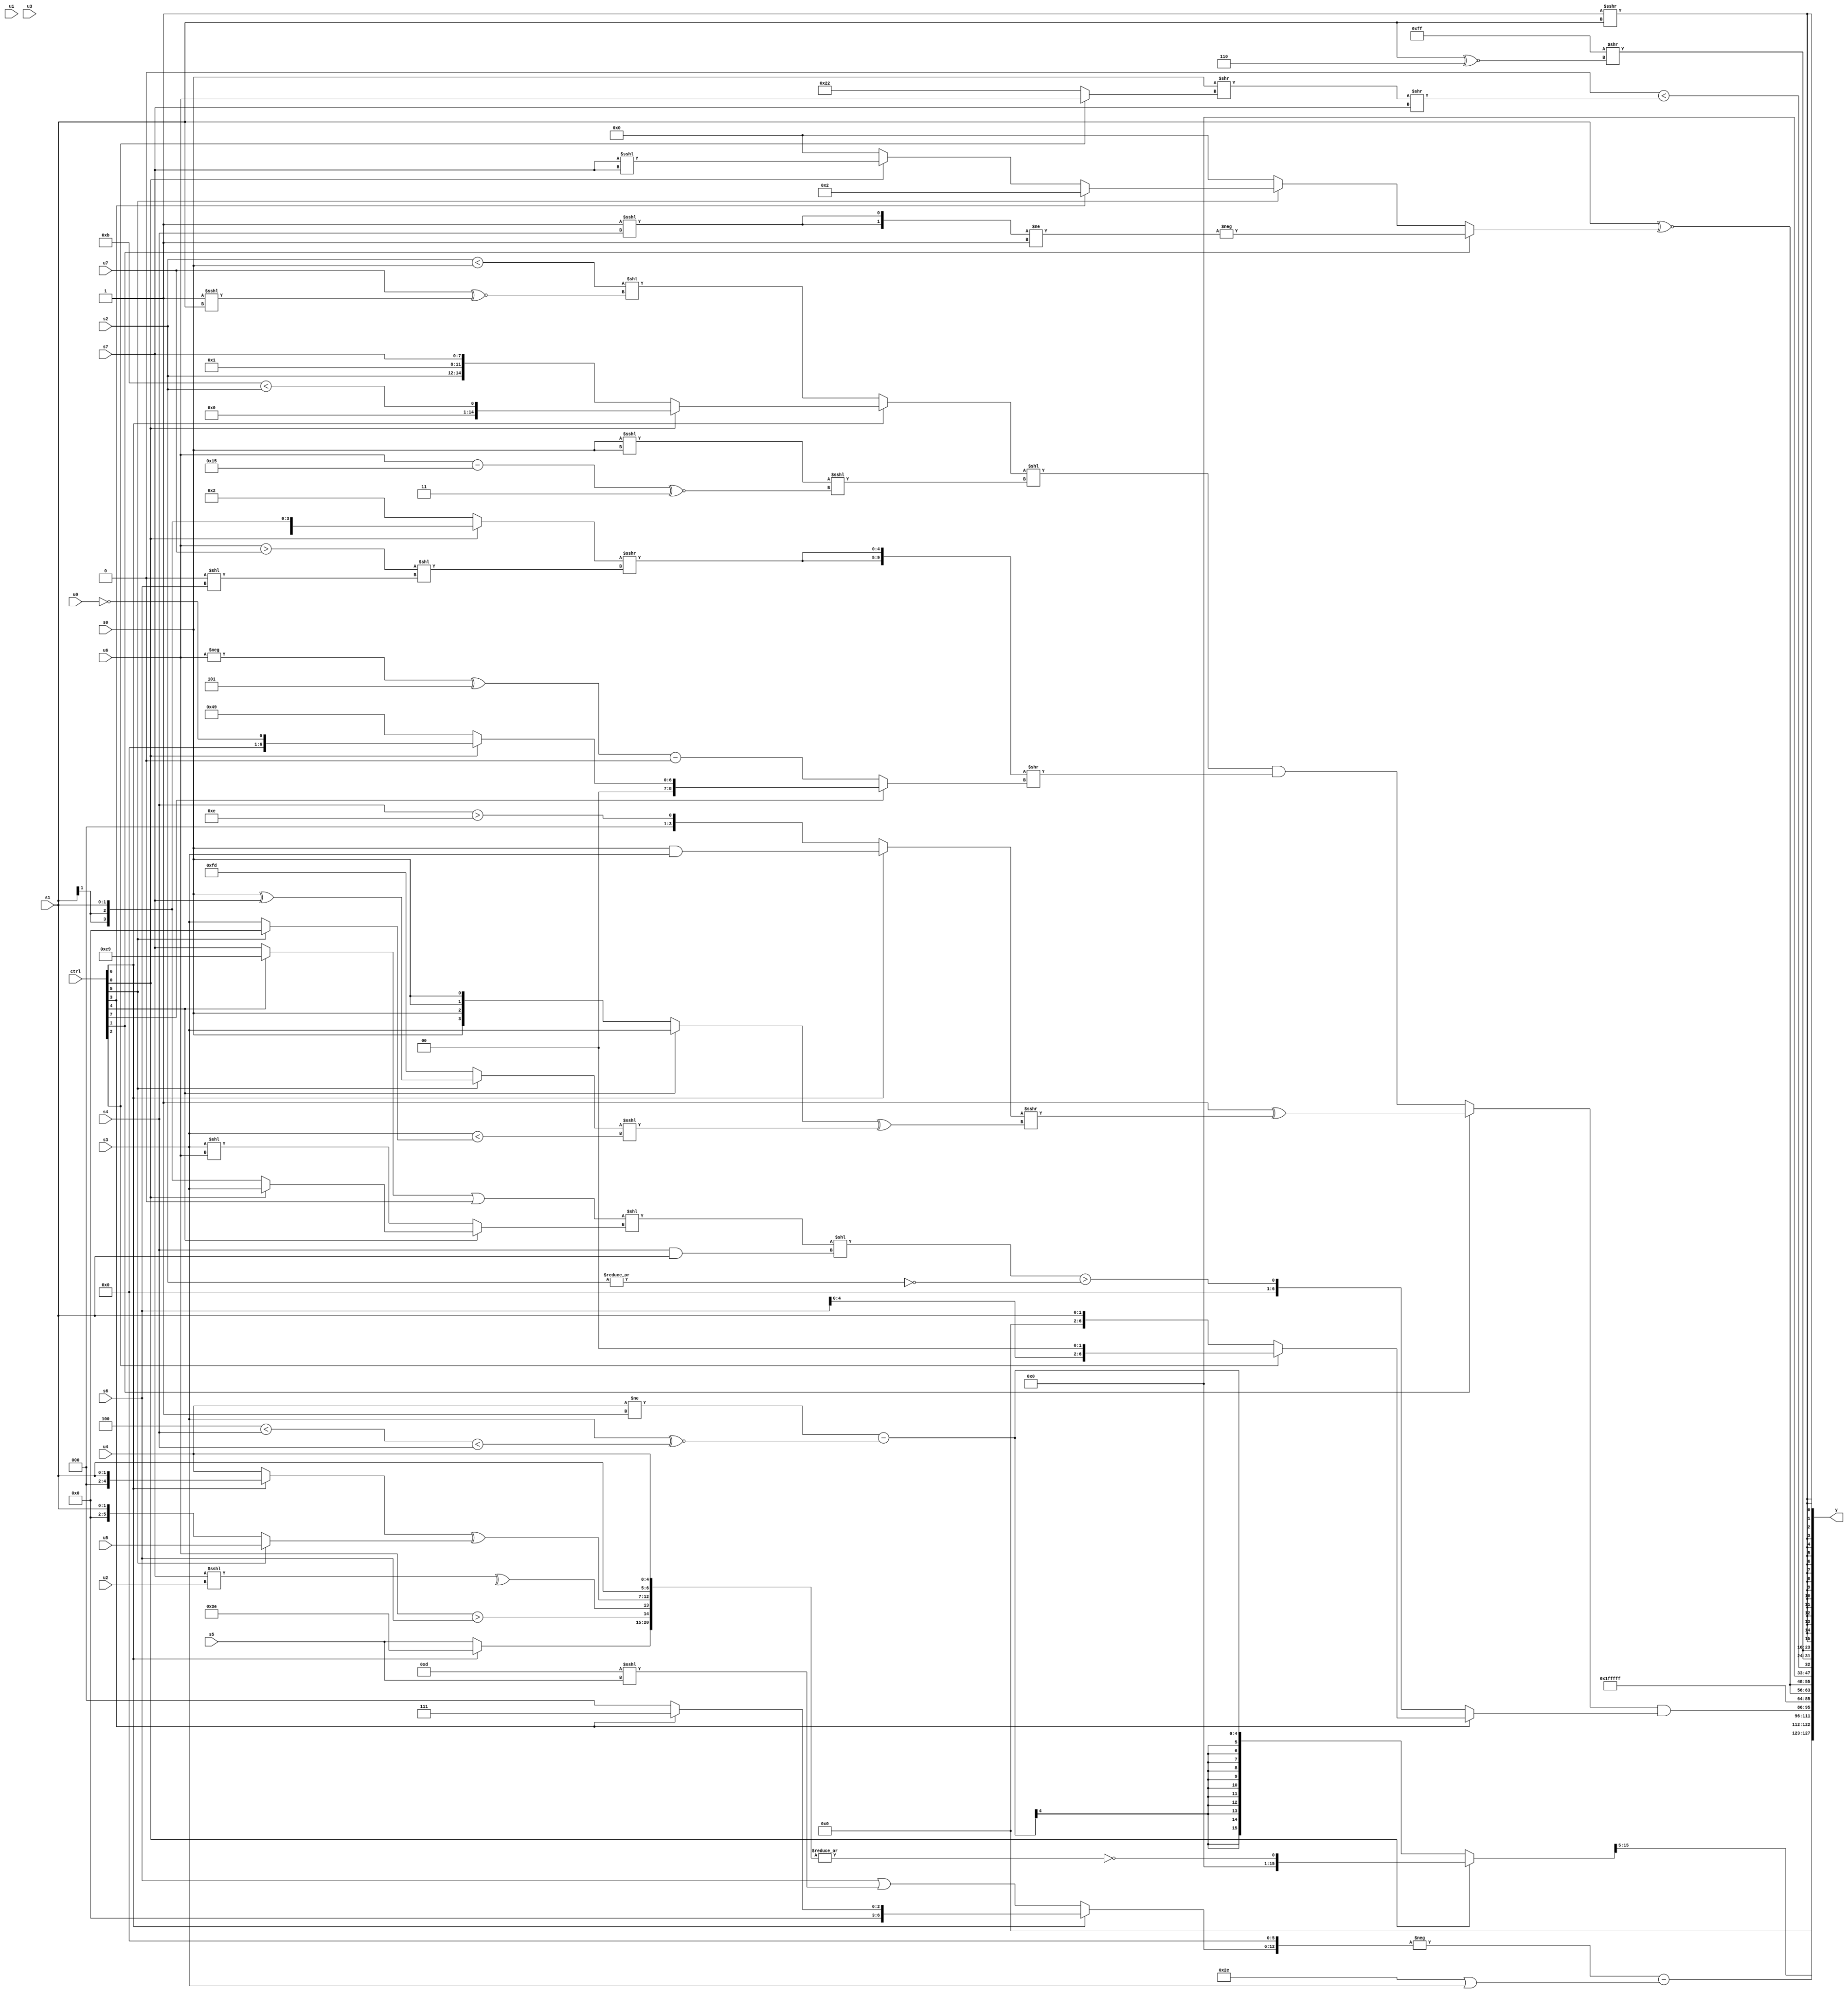
module wideexpr_00838(ctrl, u0, u1, u2, u3, u4, u5, u6, u7, s0, s1, s2, s3, s4, s5, s6, s7, y);
  input [7:0] ctrl;
  input [0:0] u0;
  input [1:0] u1;
  input [2:0] u2;
  input [3:0] u3;
  input [4:0] u4;
  input [5:0] u5;
  input [6:0] u6;
  input [7:0] u7;
  input signed [0:0] s0;
  input signed [1:0] s1;
  input signed [2:0] s2;
  input signed [3:0] s3;
  input signed [4:0] s4;
  input signed [5:0] s5;
  input signed [6:0] s6;
  input signed [7:0] s7;
  output [127:0] y;
  wire [15:0] y0;
  wire [15:0] y1;
  wire [15:0] y2;
  wire [15:0] y3;
  wire [15:0] y4;
  wire [15:0] y5;
  wire [15:0] y6;
  wire [15:0] y7;
  assign y = {y0,y1,y2,y3,y4,y5,y6,y7};
  assign y0 = ((ctrl[0]?~|({$signed((ctrl[6]?(ctrl[6]?3'sb110:3'sb000):s5)),($signed((ctrl[1]?u6:u6)))>(s6),$signed(^((s7)<<<(u2))),{$signed(u4),((ctrl[6]?s1:u4))^((ctrl[5]?u5:s1)),s1}}):((u4)!=({~&(1'b0)}))-({1{($signed(s3))^~(((4'sb1100)<(s4))<(s4))}})))>>>(-($signed(3'b011)));
  assign y1 = (-(((ctrl[6]?(ctrl[3]?4'sb0111:+({{4{3'b000}}})):(s6)|(+($signed((5'sb01101)<<<(s5))))))<<(+(6'sb000110))))-((6'sb101110)|(s3));
  assign y2 = {((ctrl[1]?(3'b001)^(((ctrl[6]?+((s0)&($signed(s3))):{1{+((s4)>(5'b01110))}}))>>>(($signed(((ctrl[4]?s3:s0))>>(1'sb0)))^(((ctrl[5]?(s0)^(s7):3'sb101))<<<((s3)<((ctrl[5]?1'sb0:s3)))))):(((ctrl[6]?$signed((ctrl[0]?(5'sb11011)<(s2):{s2,4'sb0001,s7})):((s2)<(s0))<<(($signed(u7))^~((1'sb1)<<<(s1)))))<<((($signed(s0))<<<(+(s0)))<<<($signed(((u6)-(6'sb010101))^~($unsigned(2'sb11))))))&(({2{($signed((ctrl[0]?s1:5'sb00010)))>>>(((u6)>(u7))<<((1'sb0)<<(s6)))}})>>((ctrl[7]?+((ctrl[0]?(4'b0001)^(u0):{3{3'sb001}})):((-(u6))^(3'sb101))-((1'sb0)&($signed(1'sb1))))))))&((ctrl[3]?{$signed((ctrl[2]?({1{s6}})<<(2'sb10):s1))}:($signed(((((ctrl[4]?6'sb101001:s7))|((1'sb1)<<(5'b11001)))<<((ctrl[4]?(ctrl[0]?s3:s1):(s3)<<(u6))))<<($signed(($signed(s4))&(s1)))))>(~|(s2)))),6'sb011111};
  assign y3 = -($unsigned(1'sb1));
  assign y4 = {2{(s1)^~((ctrl[1]?-(({2{(1'sb1)<<<(s4)}})!=(($signed(4'b0101))!=((1'sb0)<<<(5'b00011)))):(ctrl[5]?(ctrl[3]?2'sb10:(ctrl[0]?(s7)<<<(s7):(2'sb10)>>>(4'sb1011))):2'sb00)))}};
  assign y5 = (|(1'sb0))<((({1{s0}})>>({(ctrl[2]?u6:6'b100010)}))>>(s7));
  assign y6 = {3{({4{{2'sb11}}})>>((s1)^~(3'b110))}};
  assign y7 = $signed((1'sb1)>>>(s1));
endmodule